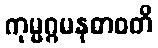
ကုမ္မဂ္ဂမနုဓာဝတိ